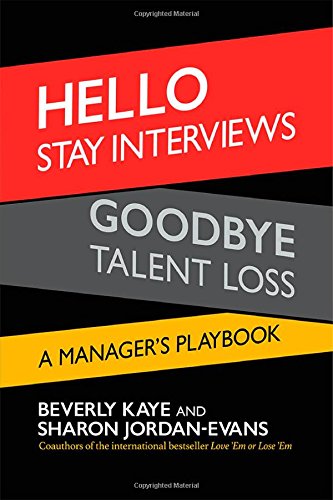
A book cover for Hello Stay Interviews, Goodbye Talent Loss: A Manager's Playbook; Beverly Kaye; Business & Money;